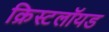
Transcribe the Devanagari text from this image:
क्रिस्टलॉयड